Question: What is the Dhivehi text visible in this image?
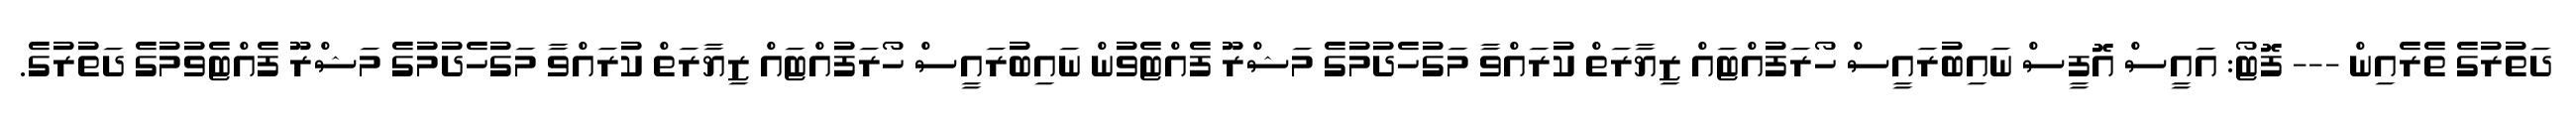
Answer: ދަތުރުގެ ތެރެއިން --- ފޮޓޯ: އައީސް އޮފީސް ނައިބުރައީސް ހޯރަފުއްޓައް ޒިޔާރަތް ކުރައްވާ މަގުހެދުމުގެ މަޝްރޫ ފެއްޓެވުން ނައިބުރައީސް ހޯރަފުއްޓައް ޒިޔާރަތް ކުރައްވާ މަގުހެދުމުގެ މަޝްރޫ ފެއްޓެވުމުގެ ދަތުރުގެ.